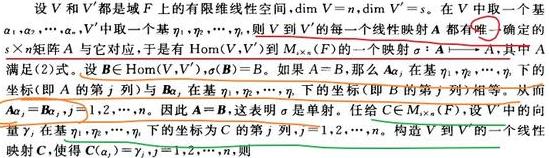
设 \(V\) 和 \(V'\) 都是域 \(F\) 上的有限维线性空间, \(\dim V = n\), \(\dim V' = s\)。在 \(V\) 中取一个基 \(\alpha_1,\alpha_2,\cdots,\alpha_n\), \(V'\) 中取一个基 \(\eta_1,\cdots,\eta_s\), 则 \(V\) 到 \(V'\) 的每一个线性映射 \(A\) 都有**唯一**确定的 \(s\times n\) 矩阵 \(A\) 与它对应, 于是 \(\mathrm{Hom}(V,V')\) 到 \(M_{s\times n}(F)\) 的一个映射 \(\sigma:A\longmapsto A\), 其中 \(A\) 满足 (2) 式。设 \(B\in\mathrm{Hom}(V,V')\), \(\sigma(B)=B\)。如果 \(A = B\), 那么 \(A\alpha_j = B\alpha_j\), \(j = 1,2,\cdots,n\)。在基 \(\eta_1,\cdots,\eta_s\) 下的坐标 (即 \(A\) 的第 \(j\) 列) 与 \(B\alpha_j\) 在基 \(\eta_1,\cdots,\eta_s\) 下的坐标相同。从而 \(A\alpha_j = B\alpha_j\), \(j = 1,2,\cdots,n\)。因此 \(A = B\), 这表明 \(\sigma\) 是单射。任给 \(C\in M_{s\times n}(F)\), 设 \(C\) 的第 \(j\) 列, \(j = 1,2,\cdots,n\)。构造 \(V\) 到 \(V'\) 的一个线性映射 \(A\), 使得 \(A\alpha_j=\sum_{i = 1}^{s}c_{ij}\eta_i\), \(j = 1,2,\cdots,n\)。则 \(\sigma(A)=C\)。